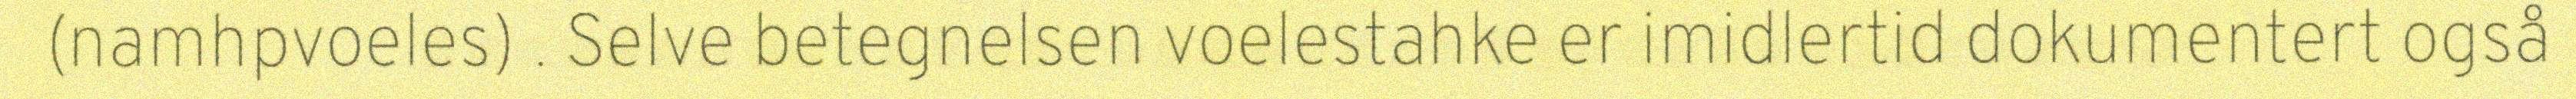
(namhpvoeles) . Selve betegnelsen voelestahke er imidlertid dokumentert også